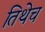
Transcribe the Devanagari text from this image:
तिथेेच